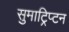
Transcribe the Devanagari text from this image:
सुमाट्रिप्टन